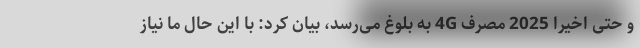
و حتی اخیرا 2025 مصرف 4G به بلوغ می‌رسد، بیان کرد: با این حال ما نیاز